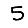
Digit: 5